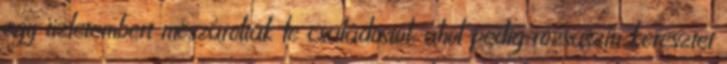
egy üzletembert mészároltak le családostól, ahol pedig rózsaszín keresztet